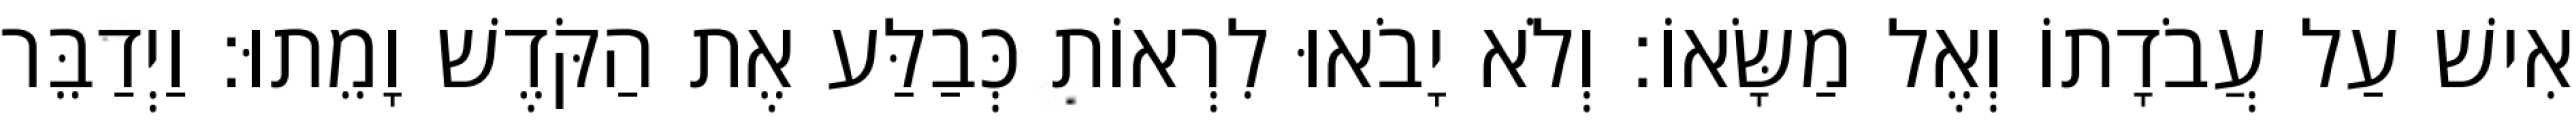
אִישׁ עַל עֲבֹדָתוֹ וְאֶל מַשָּׂאוֹ׃ וְלֹא יָבֹאוּ לִרְאוֹת כְּבַלַּע אֶת הַקֹּדֶשׁ וָמֵתוּ׃ וַיְדַבֵּר